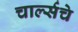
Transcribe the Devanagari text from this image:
चार्ल्सचे